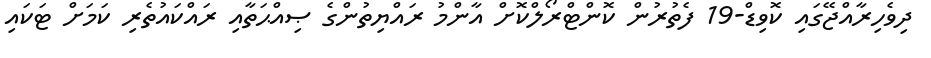
ދިވެހިރާއްޖޭގައި ކޮވިޑް-19 ފެތުރުން ކޮންޓްރޯލްކޮށް އާންމު ރައްޔިތުންގެ ޞިއްޙަތާއި ރައްކައުތެރި ކަމަށް ޓަކައި